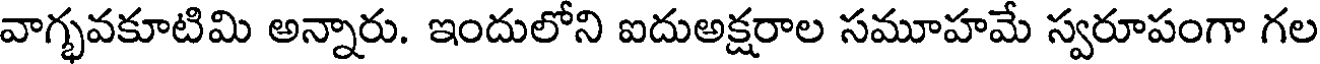
వాగ్భవకూటిమి అన్నారు. ఇందులోని ఐదుఅక్షరాల సమూహమే స్వరూపంగా గల